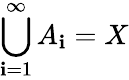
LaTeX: \bigcup_{\mathbf{i}=1}^{\infty}A_{\mathbf{i}}=X